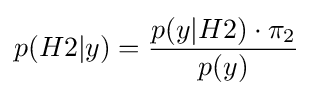
p(H2|y)={\frac {p(y|H2)\cdot \pi _{2}}{p(y)}}